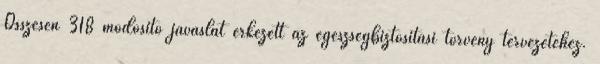
Összesen 318 módosító javaslat érkezett az egészségbiztosítási törvény tervezetéhez.